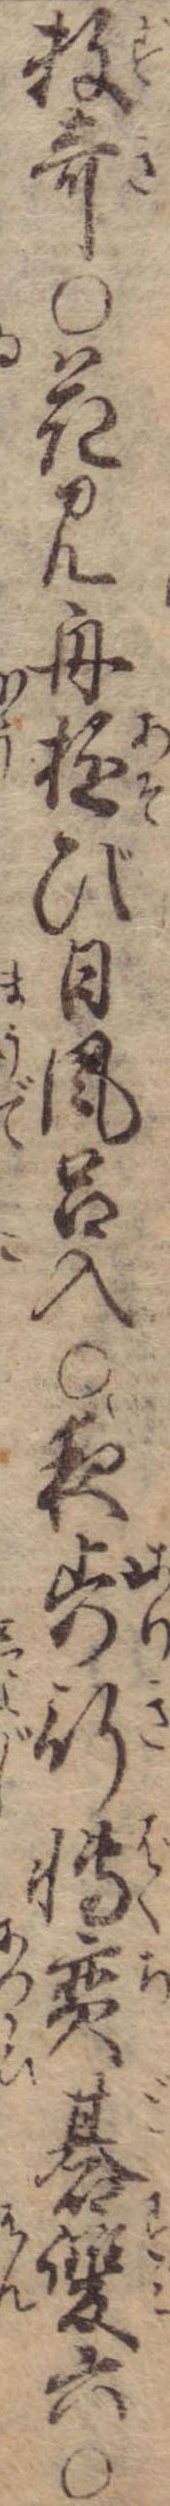
数寄〇花見舟遊び日風呂入〇夜歩行博奕碁双六〇